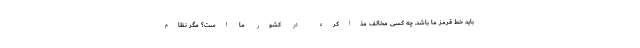
باید خط قرمز ما باشد. چه کسی مخالف مذاکره در کشور ما است؟ مگر نظام